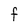
Character: F